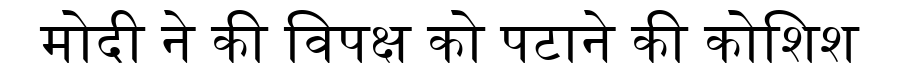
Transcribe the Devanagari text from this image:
मोदी ने की विपक्ष को पटाने की कोशिश